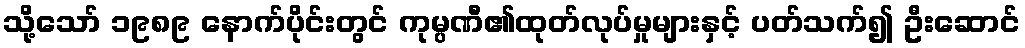
သို့သော် ၁၉၈၉ နောက်ပိုင်းတွင် ကုမ္ပဏီ၏ထုတ်လုပ်မှုများနှင့် ပတ်သက်၍ ဦးဆောင်